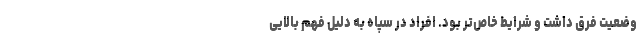
وضعیت فرق داشت و شرایط خاص‌تر بود. افراد در سپاه به دلیل فهم بالایی